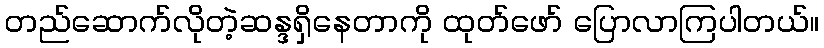
တည်ဆောက်လိုတဲ့ဆန္ဒရှိနေတာကို ထုတ်ဖော် ပြောလာကြပါတယ်။